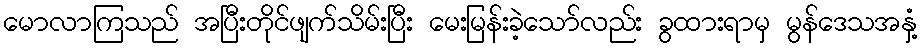
မောလာကြသည် အပြီးတိုင်ဖျက်သိမ်းပြီး မေးမြန်းခဲ့သော်လည်း ခွထားရာမှ မွန်ဒေသအနှံ့